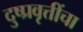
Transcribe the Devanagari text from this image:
दुष्प्रवृत्तींचा